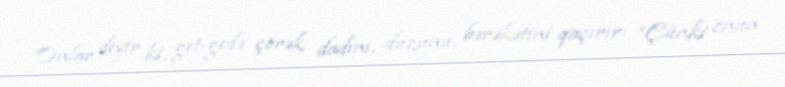
Onlar deyir ki, get-gedə çörək dadını, duzunu, bərəkətini qaçırır: “Çünki onun